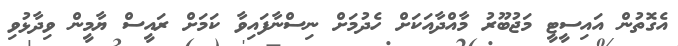
އެގޮތުން އައިސީޓީ މަޖުބޫރު މާއްދާއަކަށް ހެދުމަށް ނިސްނާފައިވާ ކަމަށް ރައީސް ޔާމީން ވިދާޅުވި